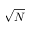
\sqrt { N }